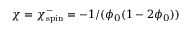
\chi = \chi _ { \mathrm { s p i n } } ^ { - } = - 1 / ( \phi _ { 0 } ( 1 - 2 \phi _ { 0 } ) )